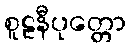
စူဠနီပုတ္တော